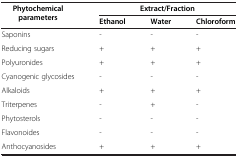
| Phytochemical parameters | <COLSPAN=3> Extract/Fraction |
 |  | Ethanol | Water | Chloroform |
 | --- | --- | --- | --- |
 | Saponins | - | - | - |
 | Reducing sugars | + | + | + |
 | Polyuronides | + | + | + |
 | Cyanogenic glycosides | - | - | - |
 | Alkaloids | + | + | + |
 | Triterpenes | - | + | - |
 | Phytosterols | - | - | - |
 | Flavonoides | - | - | - |
 | Anthocyanosides | + | + | + |